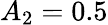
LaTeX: A_{2}=0.5